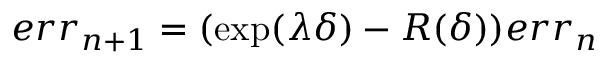
e r r _ { n + 1 } = ( \exp ( \lambda \delta ) - R ( \delta ) ) e r r _ { n }